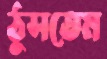
ঠুসতেম